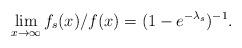
LaTeX: \begin{align*} \lim_{x\to\infty} f_s(x)/f(x)=(1-e^{-\lambda_s})^{-1}. \end{align*}